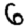
Digit: 6